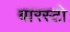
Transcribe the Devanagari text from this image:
बारस्टो